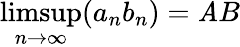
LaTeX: \operatorname*{limsup}_{n\to\infty}(a_{n}b_{n})=\mathit{A}B